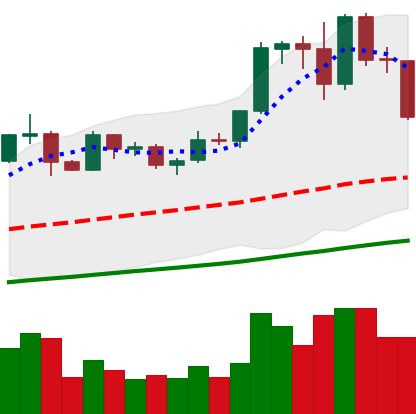
Ticker: EOS-USD
Chart end date: 2019-06-03
Forward return: -5.729%
Label: down_5_7